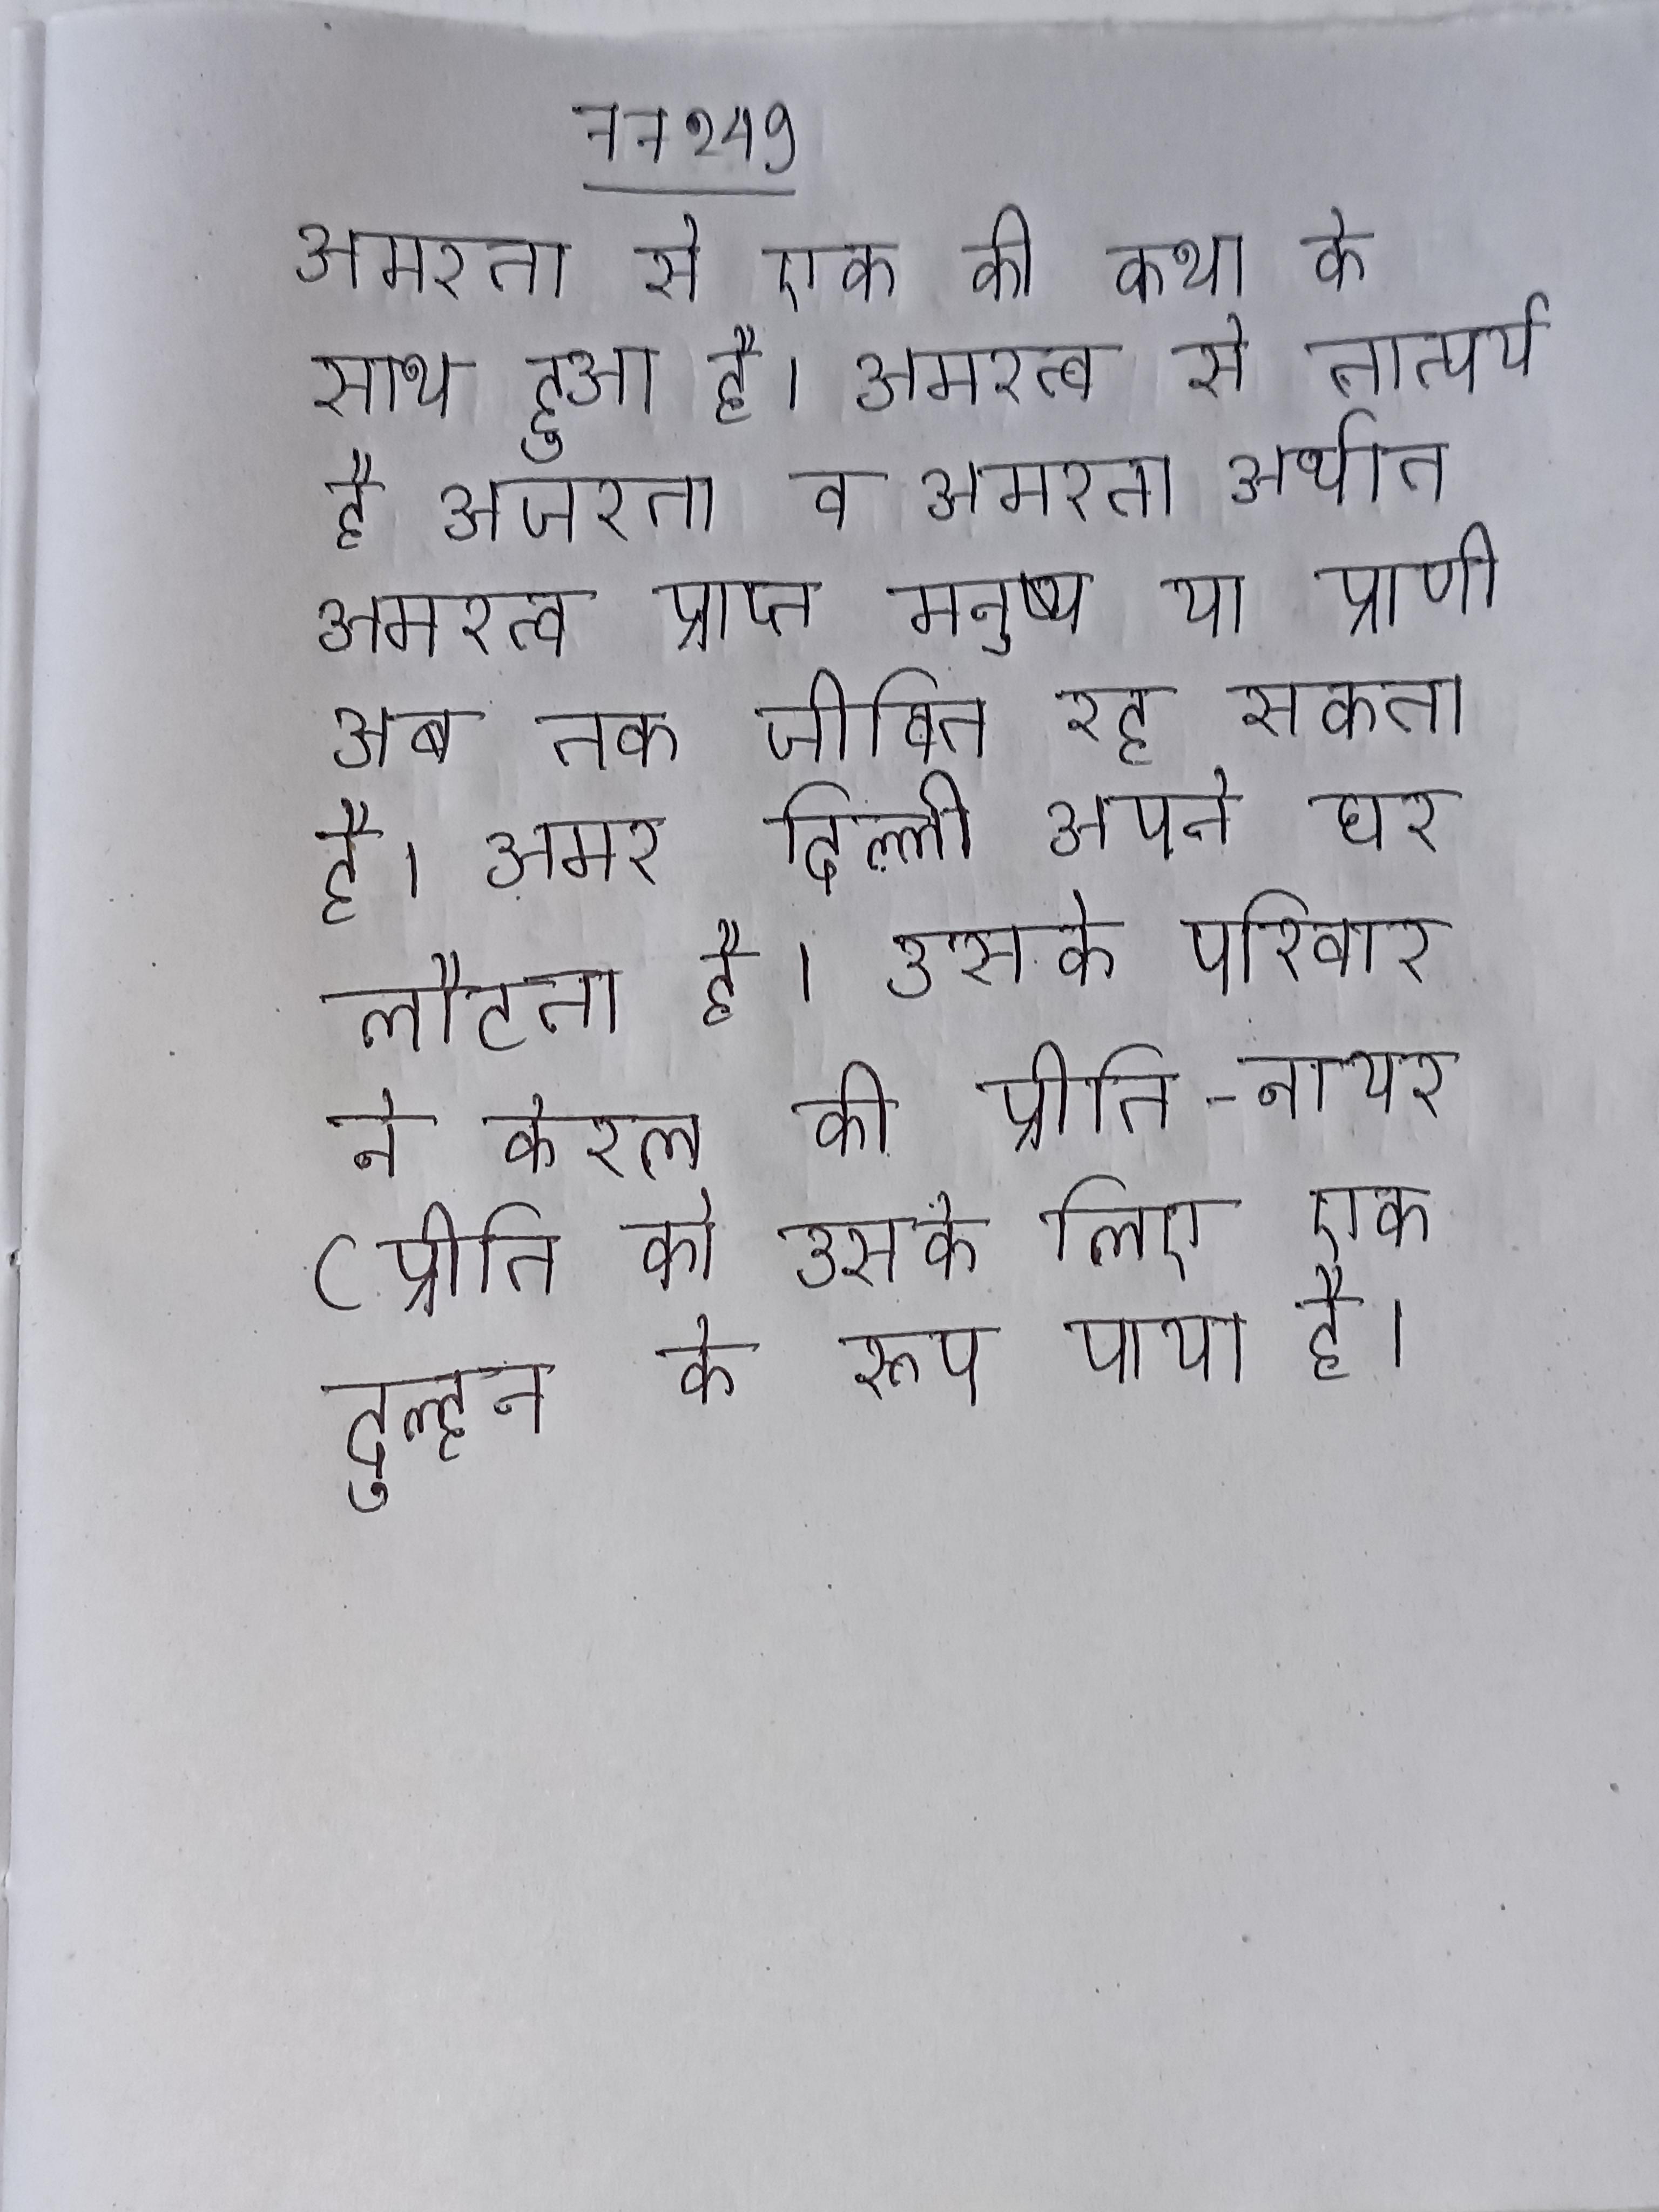
अमरता से एक की कथा के साथ हुआ है । अमरत्व से तात्पर्य है अजरता व अमरता अर्थात अमरत्व प्राप्त मनुष्य या प्राणी अब तक जीवित रह सकता है । अमर दिल्ली अपने घर लौटता है, उसके परिवार ने केरल की प्रीति नायर (प्रीति को उसके लिए एक दुल्हन के रूप पाया है ।